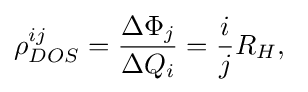
\rho _{DOS}^{ij}={\frac {\Delta \Phi _{j}}{\Delta Q_{i}}}={\frac {i}{j}}R_{H},\